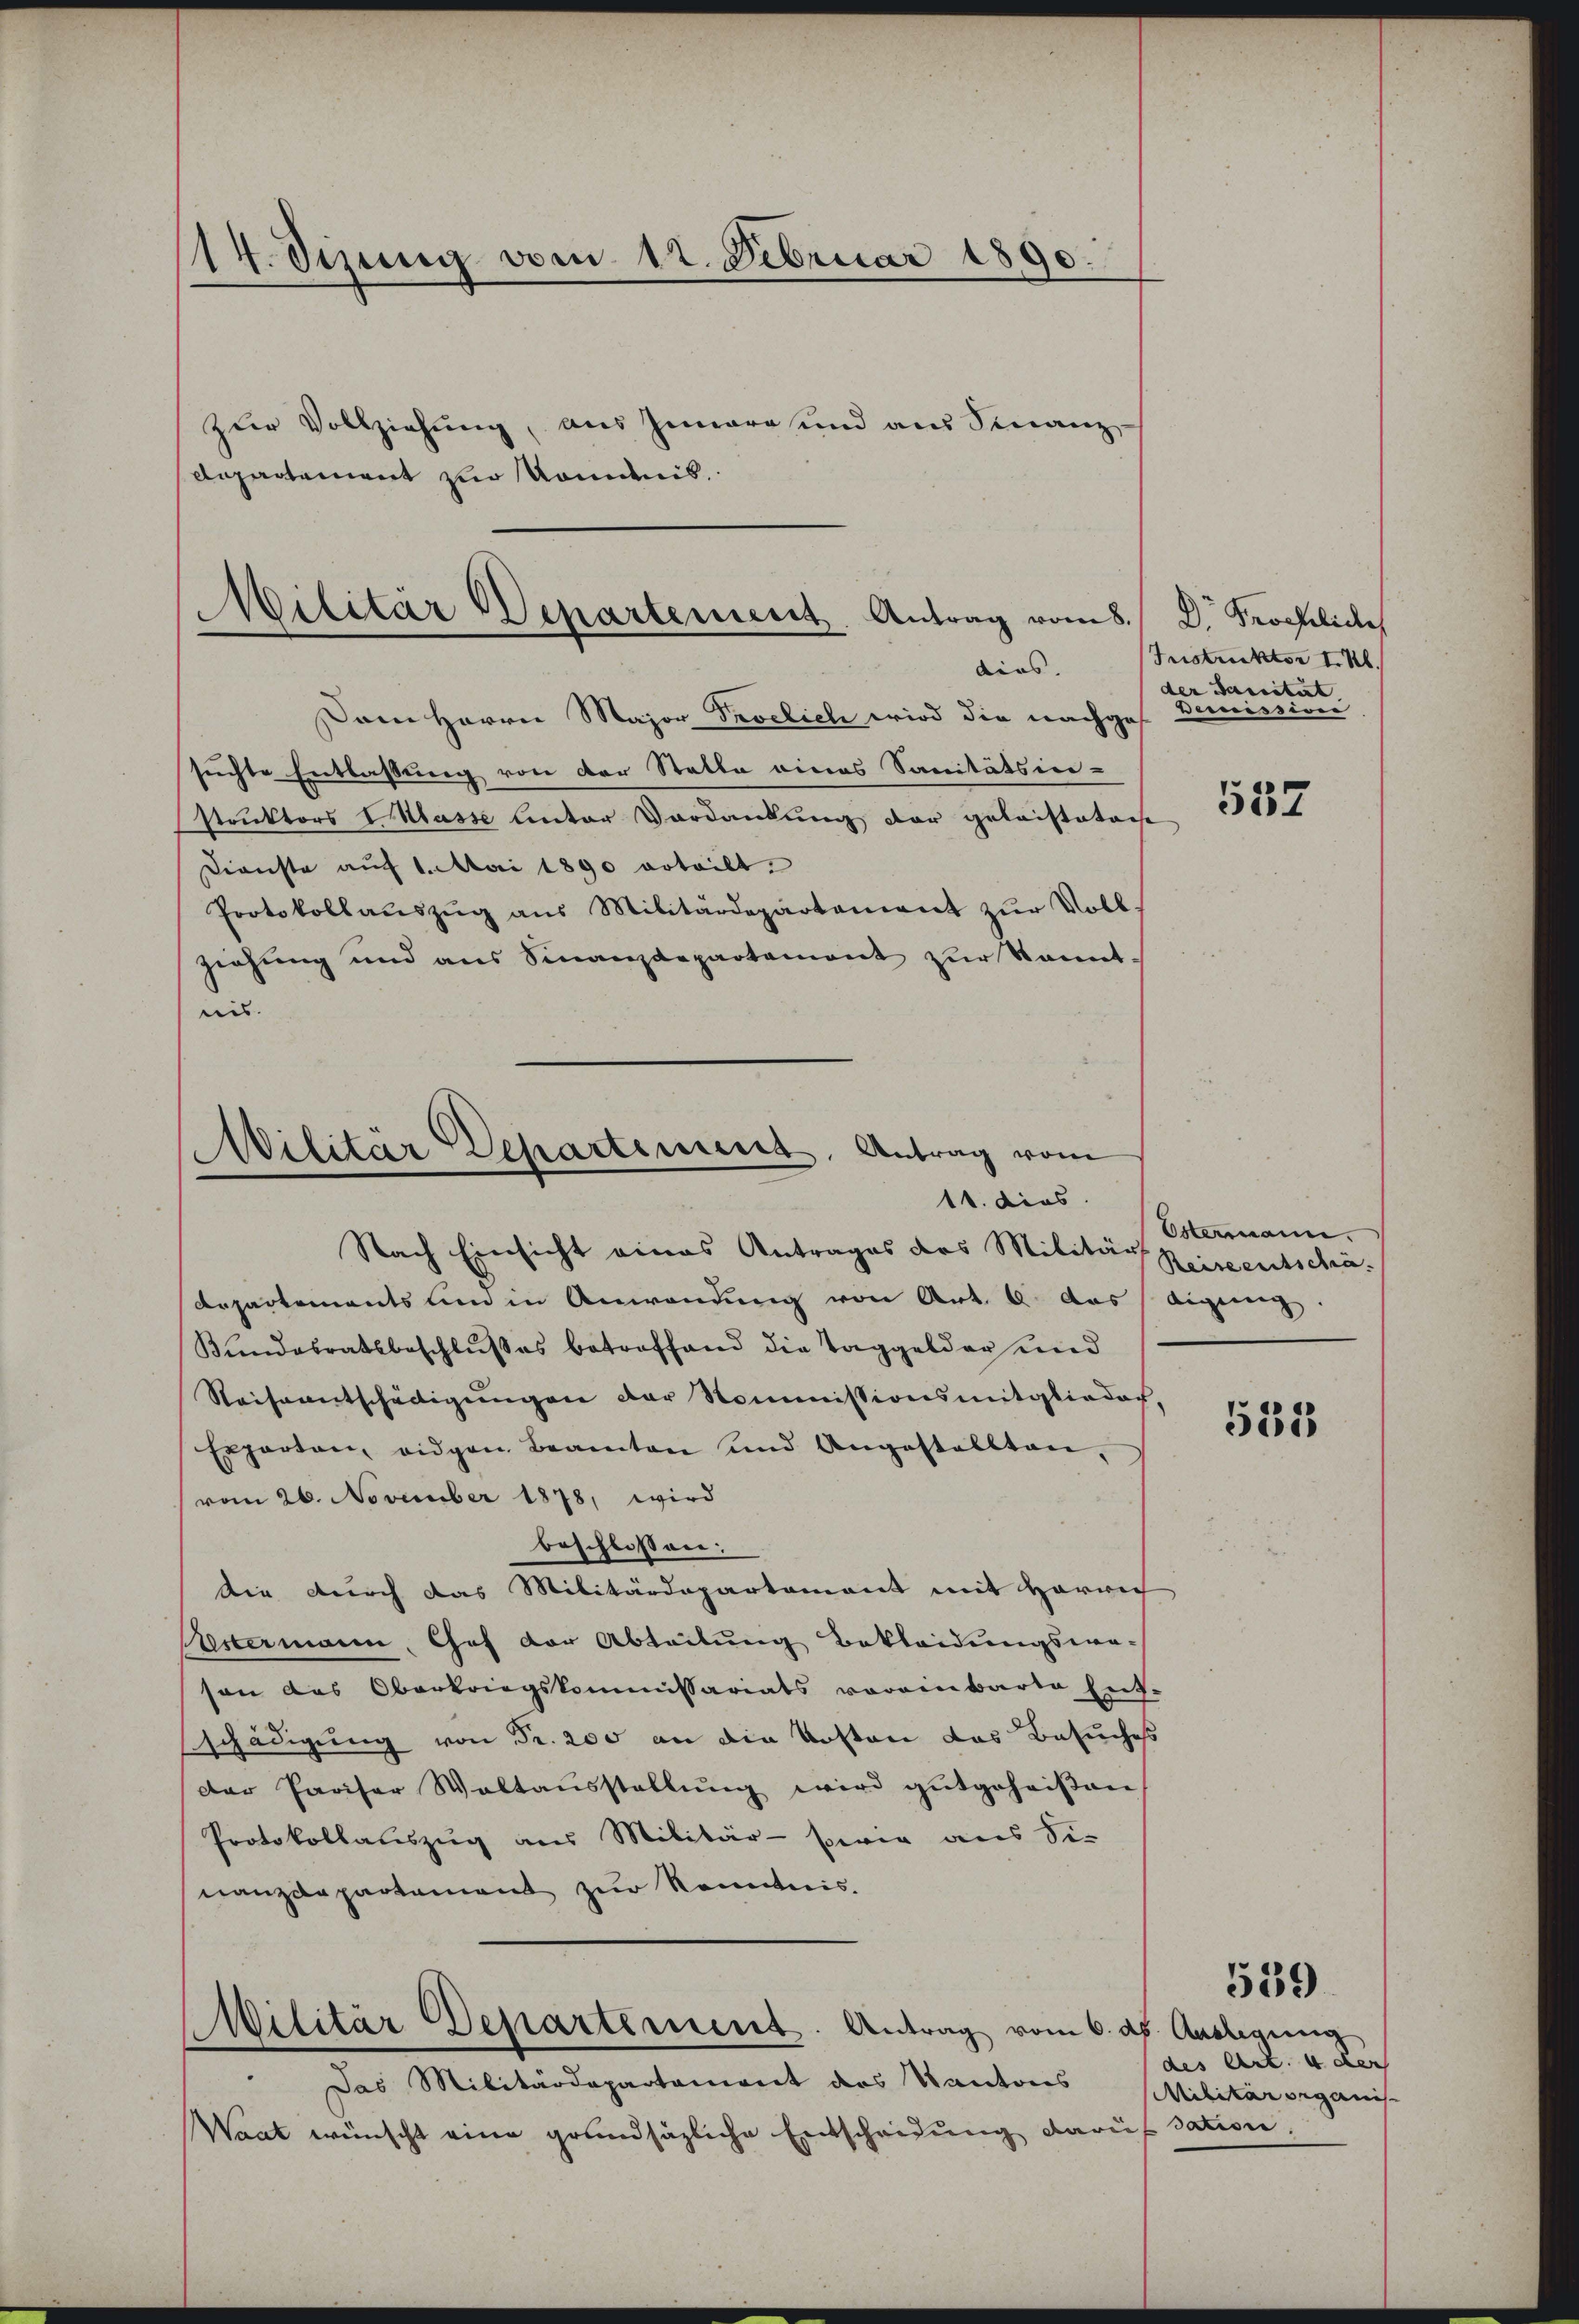
14. Sizung vom 12. Februar 1890.
zur Vollziehung, aus Innere und aus Finanz-
Departement zur Kommis

Militär Departement. Antrag vom 8.
dirs.

Dem Herrn Major Proclich wird die nachgeh
suchte Entlassung von der Statte eines Sanitätsie-
struktors Masse Unter Vordankung der geleisteten
Dienste auf 1. Mai 1890 erteilt.
Protokollaŭszŭg aŭs Militärdepartament zŭr Voll
ziehung und aus Sinanzdepartament zur kannt.
nis.

Militär Departement, Antrag vom
11. dies

Nach Einsicht eines Antrages des Militärs
Departements um in Anwendung von Art. 6 das eigeng
Kundesratsbeschlŭsses betroffend die Taggelder und
Reiseentschelligungen der Kommissionsmitglieder,
Exporten, eidgen Beamten und Angestellten,
vom 26. November 1878, wird
beschlossen:
die durch das Militärdepartement mit Herrech
Seestermann, Chef der Abteilung Bekleidungsweson das Oberkriegskommissariats voreinbarte Ent-
schädigung von Fr. 200 an die Kosten das Besuches
der Pariser Waltaŭsstellŭng wird gutgeheißen
Protokollauszug aus Militär- sie aus Sie
nanzdepartement zur Kenntnis.
Militär Departement. Antrag vom 6. ds. Auslegung
Das Militärdepartament des Kantons
Waat wünscht eine grundsäzliche Entscheidung daruf dation,

D. Procheliches
Instruktor I. R.
der Sanität
Bereiswei

537

Ostermann.
Reiseentschä-

533

539

des Art. 4 der
Militar organis